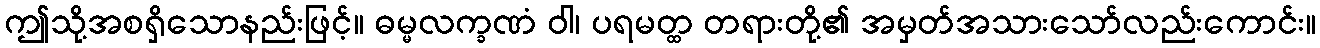
ဤသို့အစရှိသောနည်းဖြင့်။ ဓမ္မလက္ခဏံ ဝါ၊ ပရမတ္ထ တရားတို့၏ အမှတ်အသားသော်လည်းကောင်း။